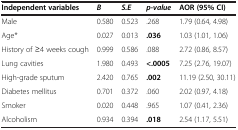
| Independent variables | B | S.E | p-value | AOR (95% CI) |
 | --- | --- | --- | --- | --- |
 | Male | 0.580 | 0.523 | .268 | 1.79 (0.64, 4.98) |
 | Age* | 0.027 | 0.013 | .036 | 1.03 (1.01, 1.06) |
 | History of ≥4 weeks cough | 0.999 | 0.586 | .088 | 2.72 (0.86, 8.57) |
 | Lung cavities | 1.980 | 0.493 | <.0005 | 7.25 (2.76, 19.07) |
 | High-grade sputum | 2.420 | 0.765 | .002 | 11.19 (2.50, 30.11) |
 | Diabetes mellitus | 0.701 | 0.372 | .060 | 2.02 (0.97, 4.18) |
 | Smoker | 0.020 | 0.448 | .965 | 1.07 (0.41, 2.36) |
 | Alcoholism | 0.934 | 0.394 | .018 | 2.54 (1.17, 5.51) |